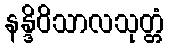
နန္ဒိဝိသာလသုတ္တံ